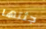
جثتها